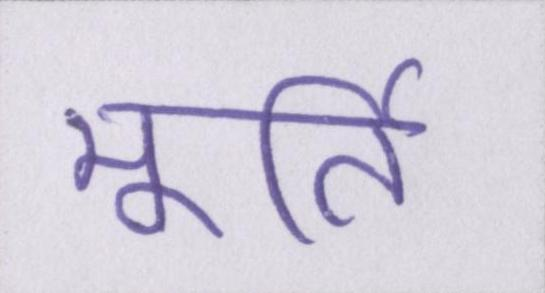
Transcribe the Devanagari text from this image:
मूर्ति